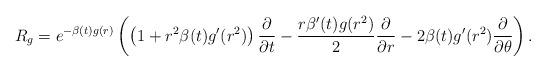
LaTeX: \begin{align*}R_g = e^{-\beta(t)g(r)}\left(\left(1 + r^2 \beta(t) g'(r^2)\right)\frac{\partial}{\partial t}-\frac{r\beta'(t)g(r^2)}{2}\frac{\partial}{\partial r} - 2\beta(t)g'(r^2)\frac{\partial}{\partial \theta}\right).\end{align*}